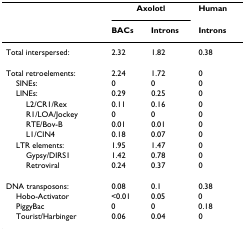
<table><thead><tr><td></td><td colspan="2"><b>Axolotl</b></td><td><b>Human</b></td></tr><tr><td></td><td><b>BACs</b></td><td><b>Introns</b></td><td><b>Introns</b></td></tr></thead><tbody><tr><td>Total interspersed:</td><td>2.32</td><td>1.82</td><td>0.38</td></tr><tr><td>Total retroelements:</td><td>2.24</td><td>1.72</td><td>0</td></tr><tr><td> SINEs:</td><td>0</td><td>0</td><td>0</td></tr><tr><td> LINEs:</td><td>0.29</td><td>0.25</td><td>0</td></tr><tr><td>L2/CR1/Rex</td><td>0.11</td><td>0.16</td><td>0</td></tr><tr><td>R1/LOA/Jockey</td><td>0</td><td>0</td><td>0</td></tr><tr><td>RTE/Bov-B</td><td>0.01</td><td>0.01</td><td>0</td></tr><tr><td>L1/CIN4</td><td>0.18</td><td>0.07</td><td>0</td></tr><tr><td> LTR elements:</td><td>1.95</td><td>1.47</td><td>0</td></tr><tr><td>Gypsy/DIRS1</td><td>1.42</td><td>0.78</td><td>0</td></tr><tr><td>Retroviral</td><td>0.24</td><td>0.37</td><td>0</td></tr><tr><td>DNA transposons:</td><td>0.08</td><td>0.1</td><td>0.38</td></tr><tr><td> Hobo-Activator</td><td>&lt;0.01</td><td>0.05</td><td>0</td></tr><tr><td> PiggyBac</td><td>0</td><td>0</td><td>0.18</td></tr><tr><td> Tourist/Harbinger</td><td>0.06</td><td>0.04</td><td>0</td></tr></tbody></table>